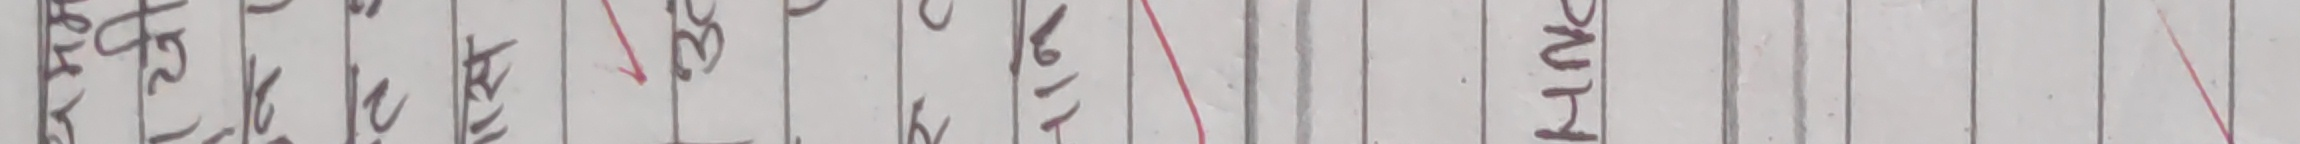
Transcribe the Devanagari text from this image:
अभिलेख
पुस्तकालय
३०
१९९७
सन्
ई